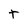
Character: t